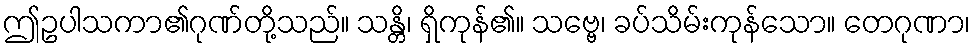
ဤဥပါသကာ၏ဂုဏ်တို့သည်။ သန္တိ၊ ရှိကုန်၏။ သဗ္ဗေ၊ ခပ်သိမ်းကုန်သော။ တေဂုဏာ၊